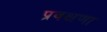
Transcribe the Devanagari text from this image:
प्रवक्षणा